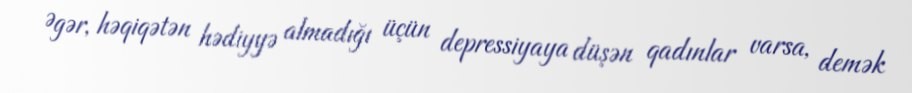
Əgər, həqiqətən hədiyyə almadığı üçün depressiyaya düşən qadınlar varsa, demək